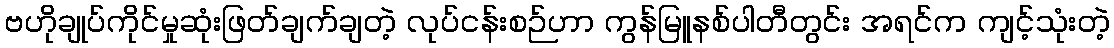
ဗဟိုချုပ်ကိုင်မှုဆုံးဖြတ်ချက်ချတဲ့ လုပ်ငန်းစဉ်ဟာ ကွန်မြူနစ်ပါတီတွင်း အရင်က ကျင့်သုံးတဲ့